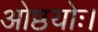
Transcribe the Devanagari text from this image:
ओष्ठयोः।